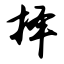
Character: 择